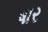
ષાર